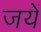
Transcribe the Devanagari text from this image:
जयें